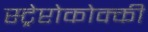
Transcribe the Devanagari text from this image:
स्ट्रेप्टोकोक्की